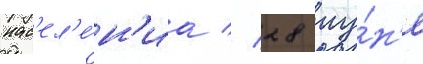
нас'ел'е́н'иа // 28 иу́н'я